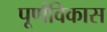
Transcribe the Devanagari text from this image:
पूर्णविकास